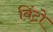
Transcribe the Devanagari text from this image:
विंटो